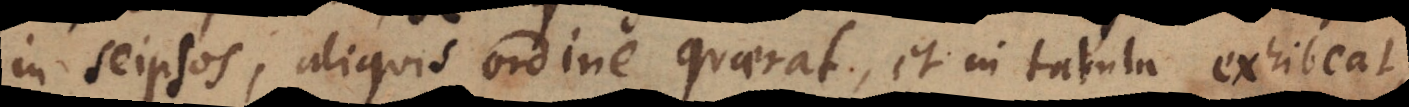
in seipsos, aliquis ordine quaerat, et in tabula exhibeat,